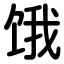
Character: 饿